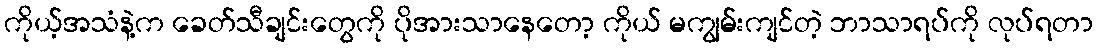
ကိုယ့်အသံနဲ့က ခေတ်သီချင်းတွေကို ပိုအားသာနေတော့ ကိုယ် မကျွမ်းကျင်တဲ့ ဘာသာရပ်ကို လုပ်ရတာ